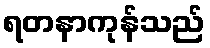
ရတနာကုန်သည်